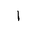
Letter: _alif